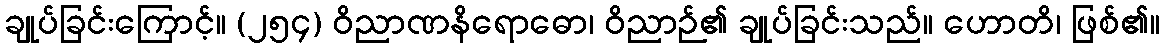
ချုပ်ခြင်းကြောင့်။ (၂၅၄) ဝိညာဏနိရောဓော၊ ဝိညာဉ်၏ ချုပ်ခြင်းသည်။ ဟောတိ၊ ဖြစ်၏။